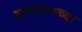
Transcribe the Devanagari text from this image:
अस्मानाच्या